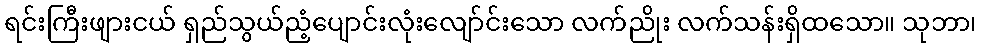
ရင်းကြီးဖျားငယ် ရှည်သွယ်ညံ့ပျောင်းလုံးလျော်င်းသော လက်ညိုး လက်သန်းရှိထသော။ သုဘာ၊